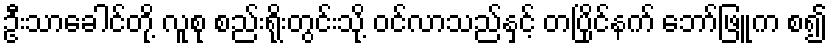
ဦးသာခေါင်တို့ လူစု စည်းရိုးတွင်းသို့ ဝင်လာသည်နှင့် တပြိုင်နက် ဘော်ဖြူက စ၍